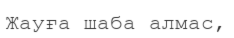
Жауға шаба алмас,